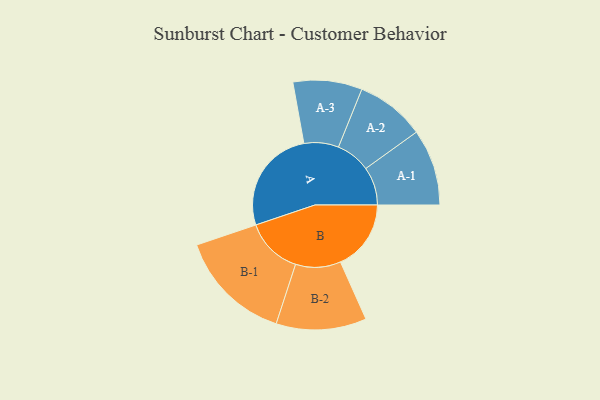
{"axis": {"x": "Segment", "y": "Value"}, "legend": ["", "A", "B"], "data": [{"x": "A", "y": 427, "type": ""}, {"x": "B", "y": 286, "type": ""}, {"x": "A-1", "y": 155, "type": "A"}, {"x": "A-2", "y": 140, "type": "A"}, {"x": "A-3", "y": 140, "type": "A"}, {"x": "B-1", "y": 231, "type": "B"}, {"x": "B-2", "y": 183, "type": "B"}]}